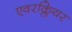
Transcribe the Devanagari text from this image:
एवरक्लियर